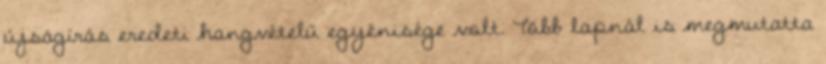
újságírás eredeti hangvételű egyénisége volt. Több lapnál is megmutatta